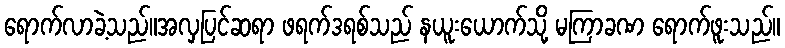
ရောက်လာခဲ့သည်။အလှပြင်ဆရာ ဖရက်ဒရစ်သည် နယူးယောက်သို့ မကြာခဏ ရောက်ဖူးသည်။